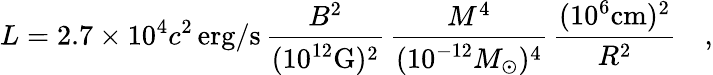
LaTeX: L=2.7\times 10^{4}c^{2}\, \mathrm{erg/s}\, \frac{B^{2}}{(10^{12}\mathrm{G})^{2}}\, \frac{M^{4}}{(10^{-12}M_{\odot})^{4}}\, \frac{(10^{6}\mathrm{cm})^{2}}{R^{2}}\quad,